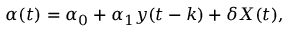
\alpha ( t ) = \alpha _ { 0 } + \alpha _ { 1 } y ( t - k ) + \delta X ( t ) ,